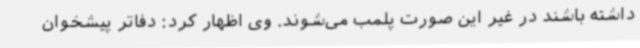
داشته باشند در غیر این صورت پلمب می‌شوند. وی اظهار کرد: دفاتر پیشخوان